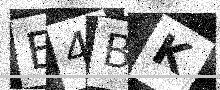
Text: E4BK